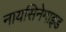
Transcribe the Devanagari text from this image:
नायसिनेमाइड